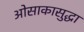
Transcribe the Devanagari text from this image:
ओसाकासुद्धा